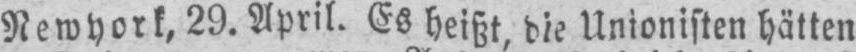
Newyork, 29. April. Es heißt, die Unionisten hätten